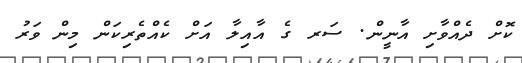
ކޮށް ދެއްވާށި އާނީން. ސަރ ގެ އާއިލާ އަށް ކެއްތެރިކަން މިން ވަރު